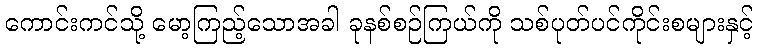
ကောင်းကင်သို့ မော့ကြည့်သောအခါ ခုနစ်စဉ်ကြယ်ကို သစ်ပုတ်ပင်ကိုင်းစများနှင့်